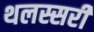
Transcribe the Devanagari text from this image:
थलस्सरी